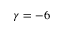
\gamma = - 6